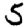
Digit: 5